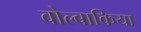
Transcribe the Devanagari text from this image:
वोल्बाकिया